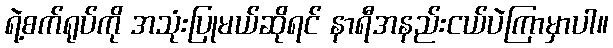
ရဲ့စက်ရုပ်ကို အသုံးပြုမယ်ဆိုရင် နာရီအနည်းငယ်ပဲကြာမှာပါ။